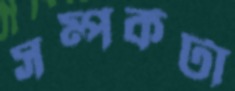
সম্পর্কটা